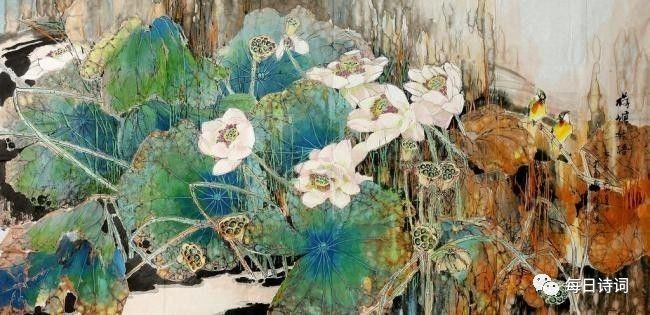
池上凭阑愁无侣。奈此个单栖情绪。